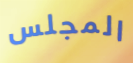
المجلس